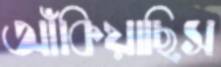
আঁকিয়াছিস